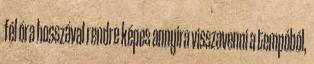
fél óra hosszával rendre képes annyira visszavenni a tempóból,